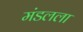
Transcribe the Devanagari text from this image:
मंडलला